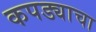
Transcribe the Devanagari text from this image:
कपड्याचा